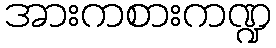
အားကစားကဏ္ဍ